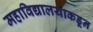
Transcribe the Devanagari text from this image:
महाविद्यालयाकडून